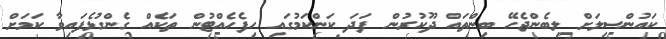
ކައުންސިލަށް ލިބެންޖެހޭ ބިންތައް ދޫކުރުން ފަދަ ކަންކަމުގައި ހިފެހެއްޓުން ތަކެއް ގެންގުޅެފައިވާ ކަމަށް